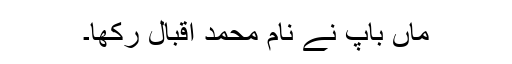
ماں باپ نے نام محمد اقبال رکھا۔